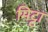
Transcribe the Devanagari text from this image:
मिट्टा